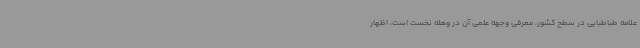
علامه طباطبایی در سطح کشور، معرفی وجهه علمی آن در وهله نخست است، اظهار